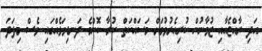
އަދި ރާއްޖެއާއި ޒުވާނުން ކުރިއެރުވުމަށް މަސައްކަތް ކުރާ ކޮންމެ ދަނޑިވަޅެއްގައި ވެސް މިފަދަ